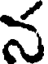
న